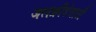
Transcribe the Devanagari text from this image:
जलक्रीडेसाठी